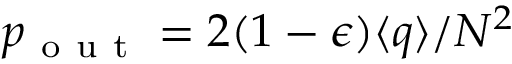
p _ { \mathrm { ~ o ~ u ~ t ~ } } = 2 ( 1 - \epsilon ) \langle q \rangle / N ^ { 2 }